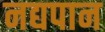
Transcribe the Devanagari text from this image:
नद्यपान